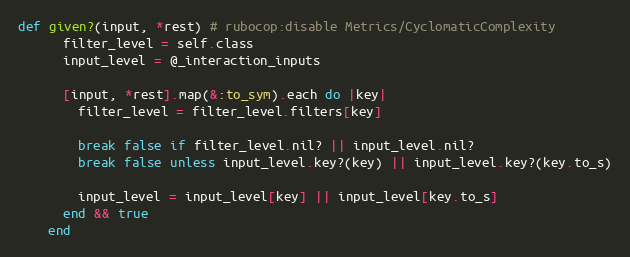
Language: Ruby
def given?(input, *rest) # rubocop:disable Metrics/CyclomaticComplexity
      filter_level = self.class
      input_level = @_interaction_inputs

      [input, *rest].map(&:to_sym).each do |key|
        filter_level = filter_level.filters[key]

        break false if filter_level.nil? || input_level.nil?
        break false unless input_level.key?(key) || input_level.key?(key.to_s)

        input_level = input_level[key] || input_level[key.to_s]
      end && true
    end